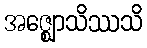
အဇ္ဈောသိဿသိ